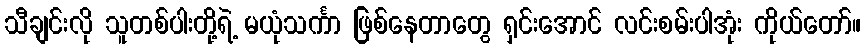
သီချင်းလို သူတစ်ပါးတို့ရဲ့ မယုံသင်္ကာ ဖြစ်နေတာတွေ ရှင်းအောင် လင်းစမ်းပါအုံး ကိုယ်တော်။